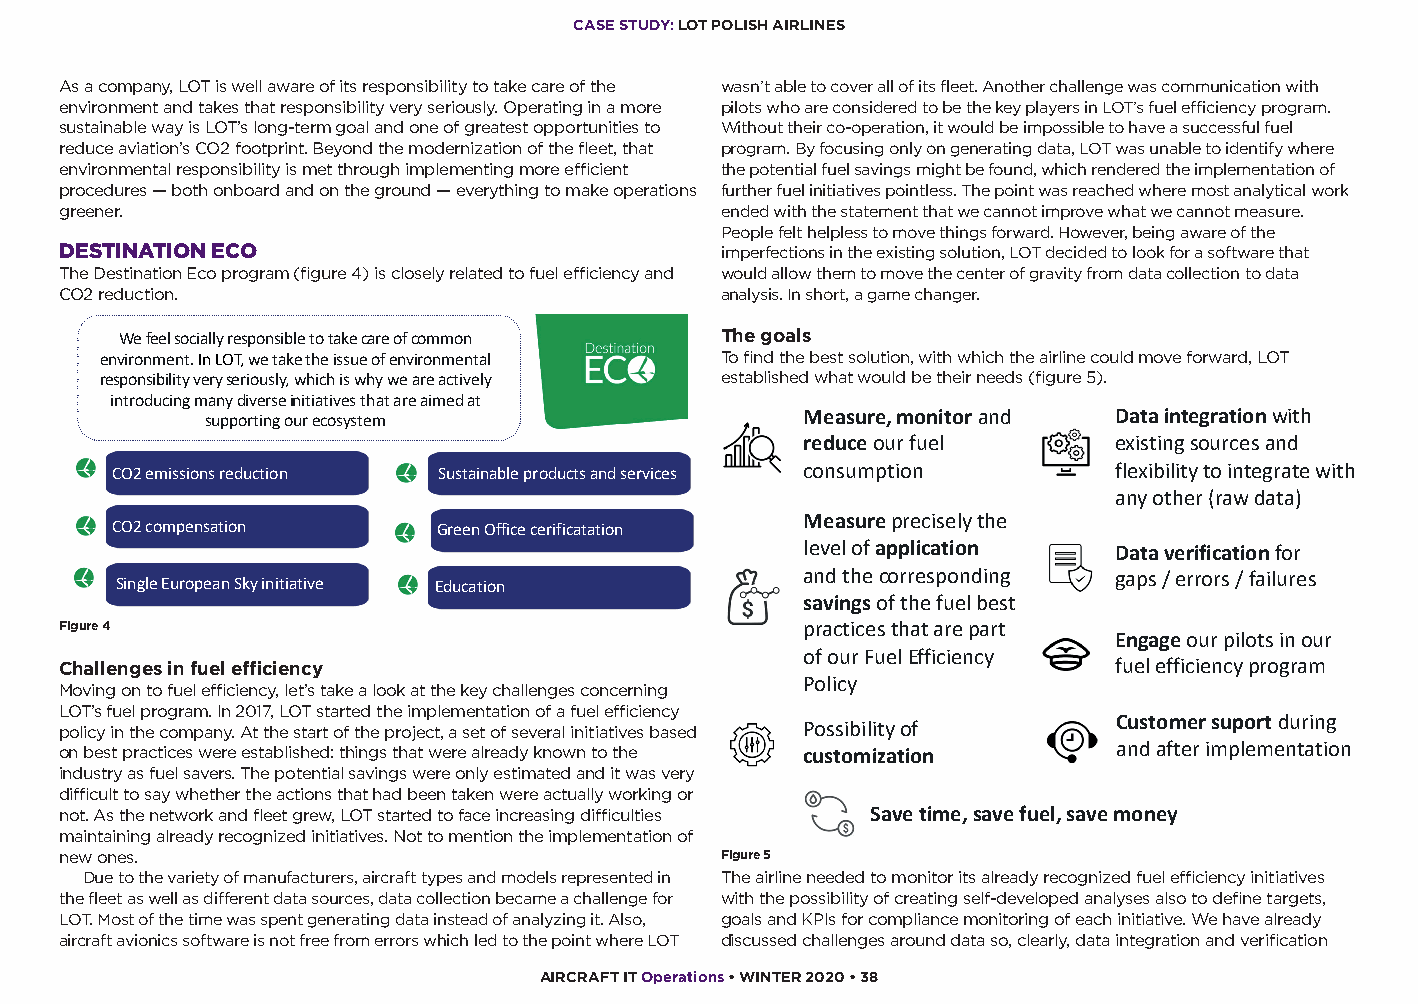
CASE STUDY: LOT POLISH AIRLINES
 As a company, LOT is well aware of its responsibility to take care of the wasn’t able to cover all of its fleet. Another challenge was communication with
 environment and takes that responsibility very seriously. Operating in a more pilots who are considered to be the key players in LOT’s fuel efficiency program.
 sustainable way is LOT’s long-term goal and one of greatest opportunities to Without their co-operation, it would be impossible to have a successful fuel
 reduce aviation’s CO2 footprint. Beyond the modernization of the fleet, that program. By focusing only on generating data, LOT was unable to identify where
 environmental responsibility is met through implementing more efficient the potential fuel savings might be found, which rendered the implementation of
 procedures — both onboard and on the ground — everything to make operations further fuel initiatives pointless. The point was reached where most analytical work
 greener.                                    ended with the statement that we cannot improve what we cannot measure.
 People felt helpless to move things forward. However, being aware of the
 DESTINATION ECO                             imperfections in the existing solution, LOT decided to look for a software that
 The Destination Eco program (figure 4) is closely related to fuel efficiency and would allow them to move the center of gravity from data collection to data
 COD2 EreSdTuIcNtioAnT.ION ECO               analysis. In short, a game changer.
 We feel socially responsible to take care of common The goals
 environment. In LOT, we take the issue of environmental To find the best solution, with which the airline could move forward, LOT
 responsibility very seriously, which is why we are actively OesUtaRb liGshOedA LwShat would be their needs (figure 5).
 introducing many diverse initiatives that are aimed at
 supporting our ecosystem               Measure, monitor and Data integrationwith
 reduceourfuel        existingsourcesand
 CO2 emissionsreduction Sustainable products and services consumption flexibilityto integratewith
 anyother(rawdata)
 CO2 compensation      Green Office cerificatation
 Measurepreciselythe
 levelof application  Data verificationfor
 and the corresponding gaps/ errors/ failures
 Single European Sky initiative Education
 savingsof the fuelbest
 Figure 4                                         practicesthatarepart
 Engageourpilotsin our
 of ourFuelEfficiency
 Challenges in fuel efficiency                                         fuelefficiencyprogram
 Policy
 Moving on to fuel efficiency, let’s take a look at the key challenges concerning
 LOT’s fuel program. In 2017, LOT started the implementation of a fuel efficiency
 policy in the company. At the start of the project, a set of several initiatives based Possibilityof Customersuport during
 on best practices were established: things that were already known to the customization and afterimplementation
 industry as fuel savers. The potential savings were only estimated and it was very
 difficult to say whether the actions that had been taken were actually working or
 not. As the network and fleet grew, LOT started to face increasing difficulties Savetime, savefuel, savemoney
 maintaining already recognized initiatives. Not to mention the implementation of
 new ones.                                   Figure 5
 Due to the variety of manufacturers, aircraft types and models represented in The airline needed to monitor its already recognized fuel efficiency initiatives
 the fleet as well as different data sources, data collection became a challenge for with the possibility of creating self-developed analyses also to define targets,
 LOT. Most of the time was spent generating data instead of analyzing it. Also, goals and KPIs for compliance monitoring of each initiative. We have already
 aircraft avionics software is not free from errors which led to the point where LOT discussed challenges around data so, clearly, data integration and verification
 AIRCRAFT IT Operations • WINTER 2020 • 38